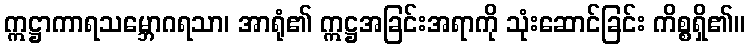
ဣဋ္ဌာကာရသမ္ဘောဂရသာ၊ အာရုံ၏ ဣဋ္ဌအခြင်းအရာကို သုံးဆောင်ခြင်း ကိစ္စရှိ၏။